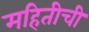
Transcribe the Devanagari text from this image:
महितीची